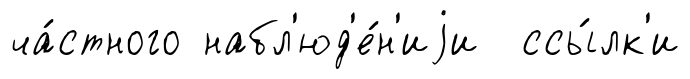
ча́стного набл'юд'е́н'иjи ссы́лк'и